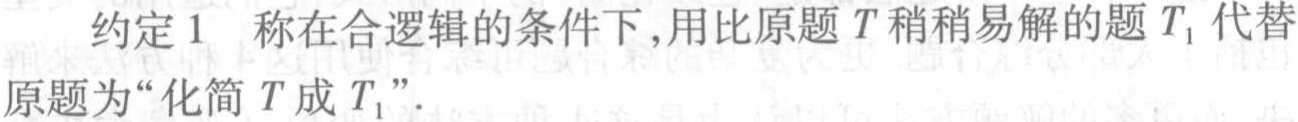
约定 1 称在合逻辑的条件下,用比原题 \(T\) 稍稍易解的题 \(T_1\) 代替原题为“化简 \(T\) 成 \(T_1\)”.